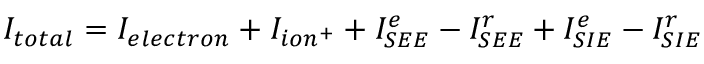
I _ { t o t a l } = I _ { e l e c t r o n } + I _ { i o n ^ { + } } + I _ { S E E } ^ { e } - I _ { S E E } ^ { r } + I _ { S I E } ^ { e } - I _ { S I E } ^ { r }